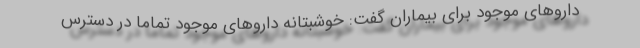
داروهای موجود برای بیماران گفت: خوشبتانه داروهای موجود تماما در دسترس